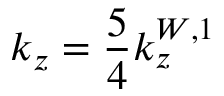
k _ { z } = \frac { 5 } { 4 } k _ { z } ^ { W , 1 }